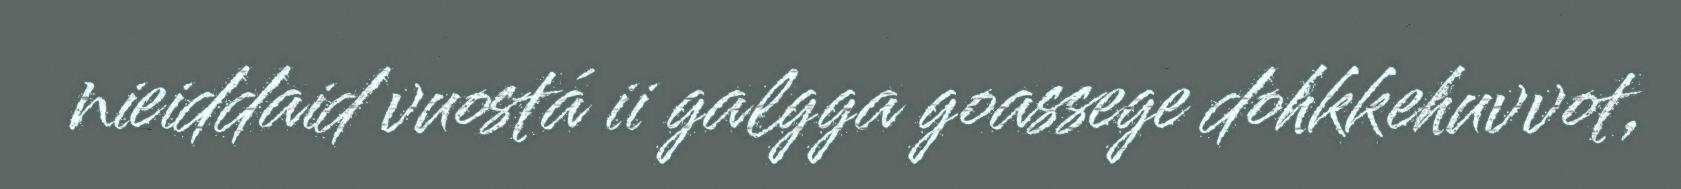
nieiddaid vuostá ii galgga goassege dohkkehuvvot,